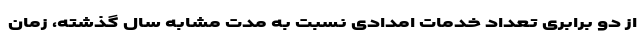
از دو برابری تعداد خدمات امدادی نسبت به مدت مشابه سال گذشته، زمان